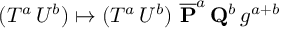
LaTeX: ( T ^ { a } \, U ^ { b } ) \mapsto ( T ^ { a } \, U ^ { b } ) \ { \overline { { { { \bf P } } } } } ^ { a } \, { \bf Q } ^ { b } \, g ^ { a + b }